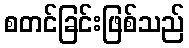
စတင်ခြင်းဖြစ်သည်